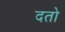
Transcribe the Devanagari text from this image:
दतो